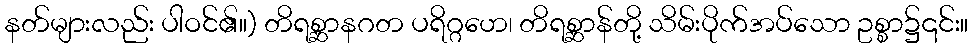
နတ်များလည်း ပါဝင်၏။) တိရစ္ဆာနဂတ ပရိဂ္ဂဟေ၊ တိရစ္ဆာန်တို့ သိမ်းပိုက်အပ်သော ဥစ္စာ၌၎င်း။